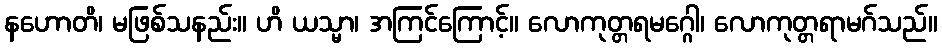
နဟောတိ၊ မဖြစ်သနည်း။ ဟိ ယသ္မာ၊ အကြင်ကြောင့်။ လောကုတ္တရမဂ္ဂေါ၊ လောကုတ္တရာမဂ်သည်။